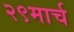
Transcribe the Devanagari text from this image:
२९मार्च